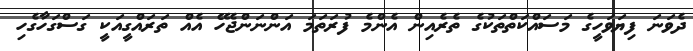
ދެވަނަ ފިޔަވަހީގެ މަސައްކަތްތަކުގެ ތެރެއިން އެންމެ ފުރަތަމަ އަންނަންޖެހޭ އެއް ތަރައްގީއަކީ ގަސްގަހާގެހި